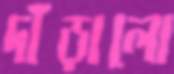
দাঁড়ালো